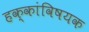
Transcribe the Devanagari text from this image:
हक्कांविषयक